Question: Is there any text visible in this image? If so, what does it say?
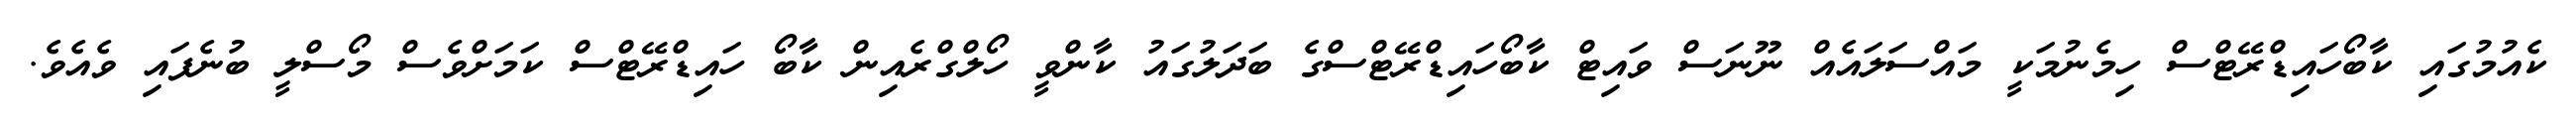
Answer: ކެއުމުގައި ކާބޯހައިޑްރޭޓްސް ހިމެނުމަކީ މައްސަލައެއް ނޫނަސް ވައިޓް ކާބޯހައިޑްރޭޓްސްގެ ބަދަލުގައު ކާންވީ ހޯލްގްރެއިން ކާބޯ ހައިޑްރޭޓްސް ކަމަށްވެސް މޯސްލީ ބުނެފައި ވެއެވެ.